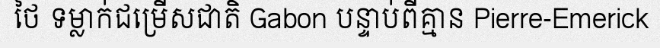
ថៃ ទម្លាក់ជម្រើសជាតិ Gabon បន្ទាប់ពីគ្មាន Pierre-Emerick